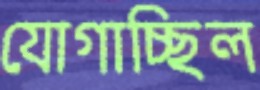
যোগাচ্ছিল